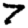
Digit: 7